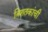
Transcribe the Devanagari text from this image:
त्रिशतकांची